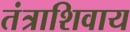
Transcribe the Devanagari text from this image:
तंत्राशिवाय